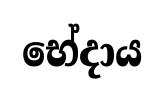
භේදාය